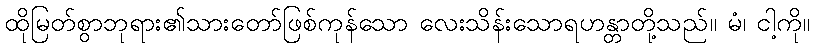
ထိုမြတ်စွာဘုရား၏သားတော်ဖြစ်ကုန်သော လေးသိန်းသောရဟန္တာတို့သည်။ မံ၊ ငါ့ကို။